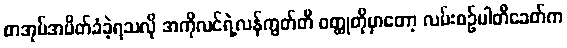
စာအုပ်အပိတ်ခံခဲ့ရသလို အကိုလင်ရဲ့လန်ကွတ်တီ ဝတ္ထုတိုမှာတော့ လမ်းစဉ်ပါတီခေတ်က